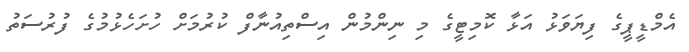
އެމްޑީޕީގެ ފިޔަވަޅު އަޅާ ކޮމިޓީގެ މި ނިންމުން އިސްތިއުނާފް ކުރުމަށް ހުށަހެޅުމުގެ ފުރުސަތު